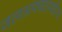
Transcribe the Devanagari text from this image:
जलअपघटनयोग्य